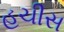
હચીસ